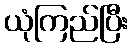
ယုံကြည်ပြီး